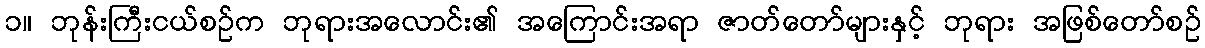
၁။ ဘုန်းကြီးငယ်စဉ်က ဘုရားအလောင်း၏ အကြောင်းအရာ ဇာတ်တော်များနှင့် ဘုရား အဖြစ်တော်စဉ်